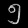
Digit: ၅